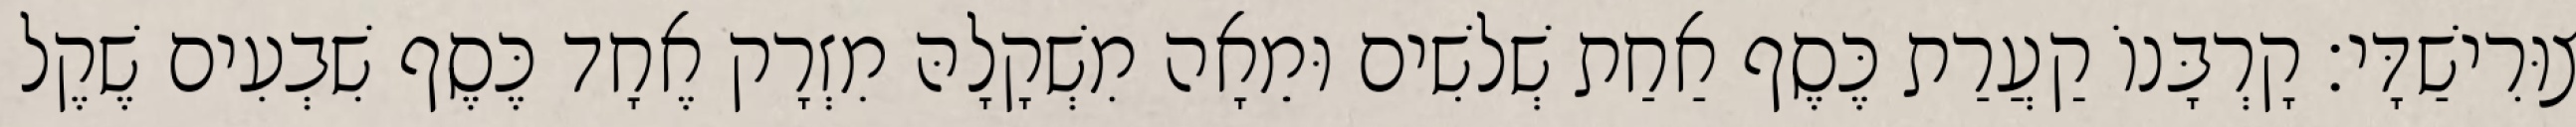
צוּרִישַׁדָּי׃ קָרְבָּנוֹ קַעֲרַת כֶּסֶף אַחַת שְׁלשִׁים וּמֵאָה מִשְׁקָלָהּ מִזְרָק אֶחָד כֶּסֶף שִׁבְעִים שֶׁקֶל